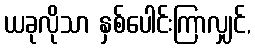
ယခုလိုသာ နှစ်ပေါင်းကြာလျှင်,